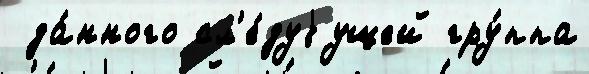
 да́нного сл'е́дуjущей гру́ппа